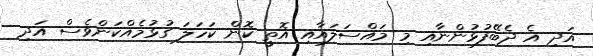
އަދި އެ ދެބޭފުޅުންނާއި މި މައްސަލައާއި އޮތީ ކޮން ކަހަލަ ގުޅުމެއްކަންވެސް އަދި